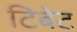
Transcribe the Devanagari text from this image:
टिबेट